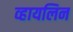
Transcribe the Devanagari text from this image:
व्हायलिन